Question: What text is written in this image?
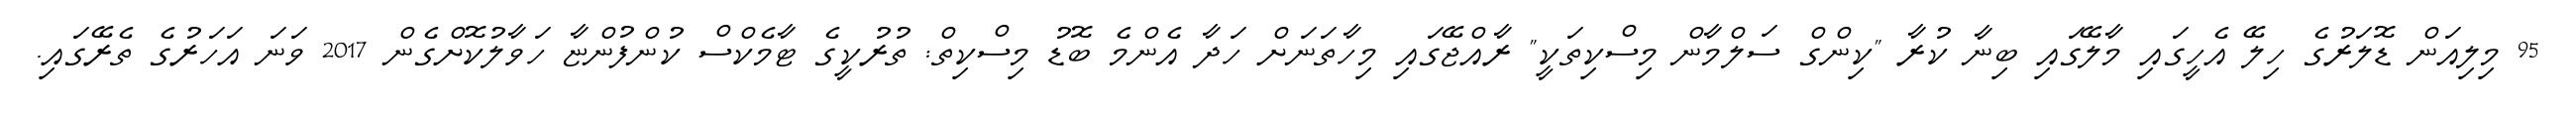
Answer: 95 މިލިއަން ޑޮލަރުގެ ހިލޭ އެހީގައި މާލޭގައި ބިނާ ކުރާ "ކިންގް ސަލްމާން މިސްކިތަކީ" ރާއްޖޭގައި މިހާތަނަށް ހަދާ އެންމެ ބޮޑު މިސްކިތް: ތުރުކީގެ ޓާމެކްސް ކުންފުންޏާ ހަވާލުކޮށްގެން 2017 ވަނަ އަހަރުގެ ތެރޭގައި.